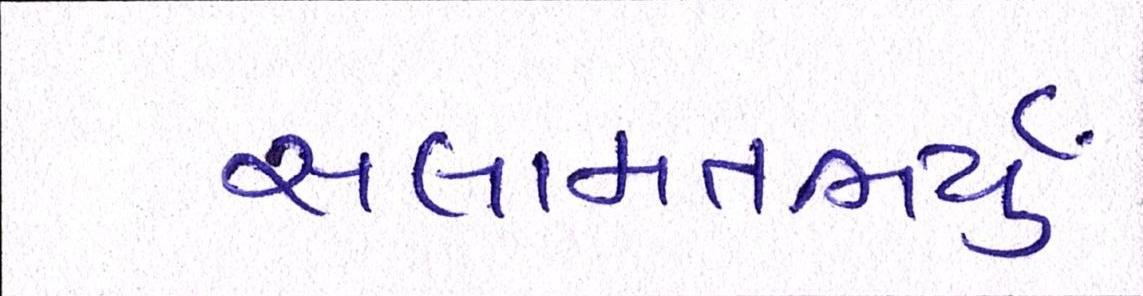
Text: સલામતભર્યું